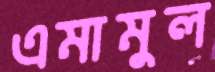
এমামুল